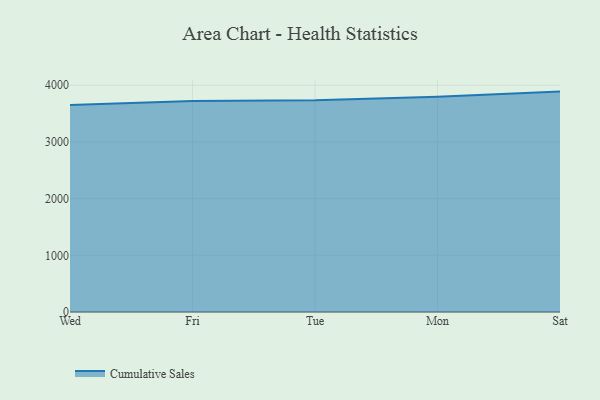
{"axis": {"x": "Day", "y": "Energy Usage (MWh)"}, "legend": ["Cumulative Sales"], "data": [{"x": "Wed", "y": 3650.5, "type": "Cumulative Sales"}, {"x": "Fri", "y": 3722.2, "type": "Cumulative Sales"}, {"x": "Tue", "y": 3732.9, "type": "Cumulative Sales"}, {"x": "Mon", "y": 3795.0, "type": "Cumulative Sales"}, {"x": "Sat", "y": 3887.5, "type": "Cumulative Sales"}]}